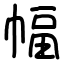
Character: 幅